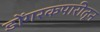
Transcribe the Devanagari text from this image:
डोंगरकपारीतून